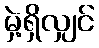
မှဲ့ရှိလျှင်